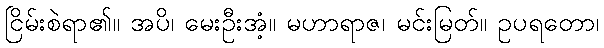
ငြိမ်းစဲရာ၏။ အပိ၊ မေးဦးအံ့။ မဟာရာဇ၊ မင်းမြတ်။ ဥပရတော၊